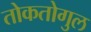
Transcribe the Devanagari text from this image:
तोकतोगुल